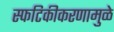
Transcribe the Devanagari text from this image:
स्फटिकीकरणामुळे